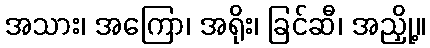
အသား၊ အကြော၊ အရိုး၊ ခြင်ဆီ၊ အညှို့။